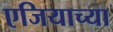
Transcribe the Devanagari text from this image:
एजियाच्या